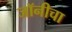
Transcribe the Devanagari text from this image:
जॉनीचा